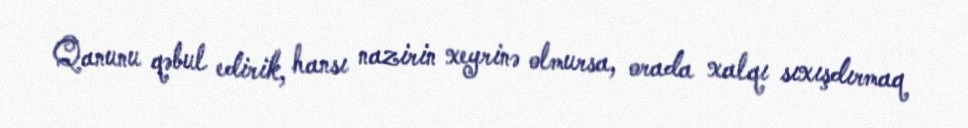
Qanunu qəbul edirik, hansı nazirin xeyrinə olmursa, orada xalqı sıxışdırmaq